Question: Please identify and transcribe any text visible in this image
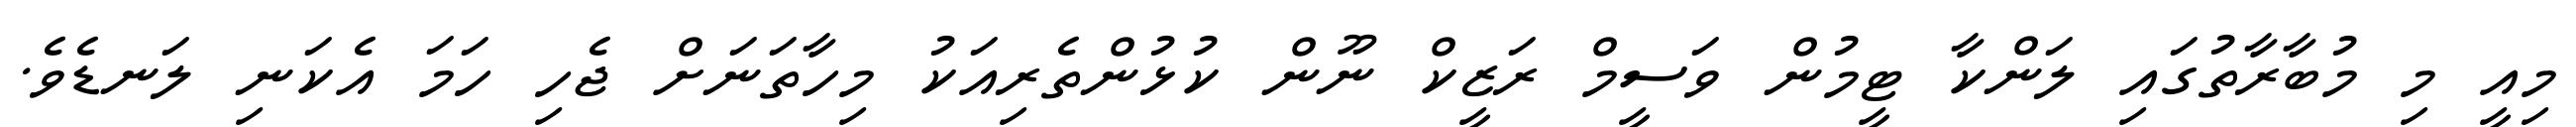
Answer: މިއީ މި މުބާރާތުގައި ލަންކާ ޓީމުން ވަސީމް ރަޒީކް ނޫން ކުޅުންތެރިއަކު މިހާތަނަށް ޖެހި ހަމަ އެކަނި ލަނޑެވެ.